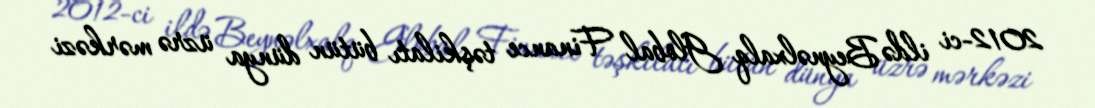
2012-ci ildə Beynəlxalq Global Finance təşkilatı bütün dünya üzrə mərkəzi